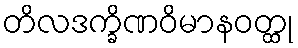
တိလဒက္ခိဏဝိမာနဝတ္ထု